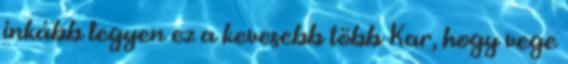
inkább legyen ez a kevesebb több Kar, hogy vege